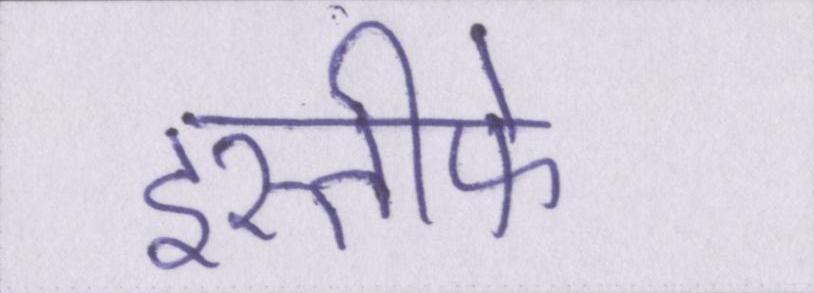
इस्तीफे